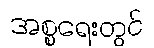
အစ္စရေးတွင်